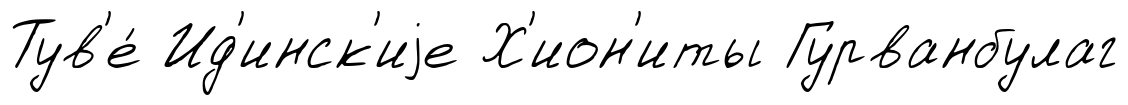
Тув'е́ Ид'инск'иjе Х'ион'иты Гурванбулаг